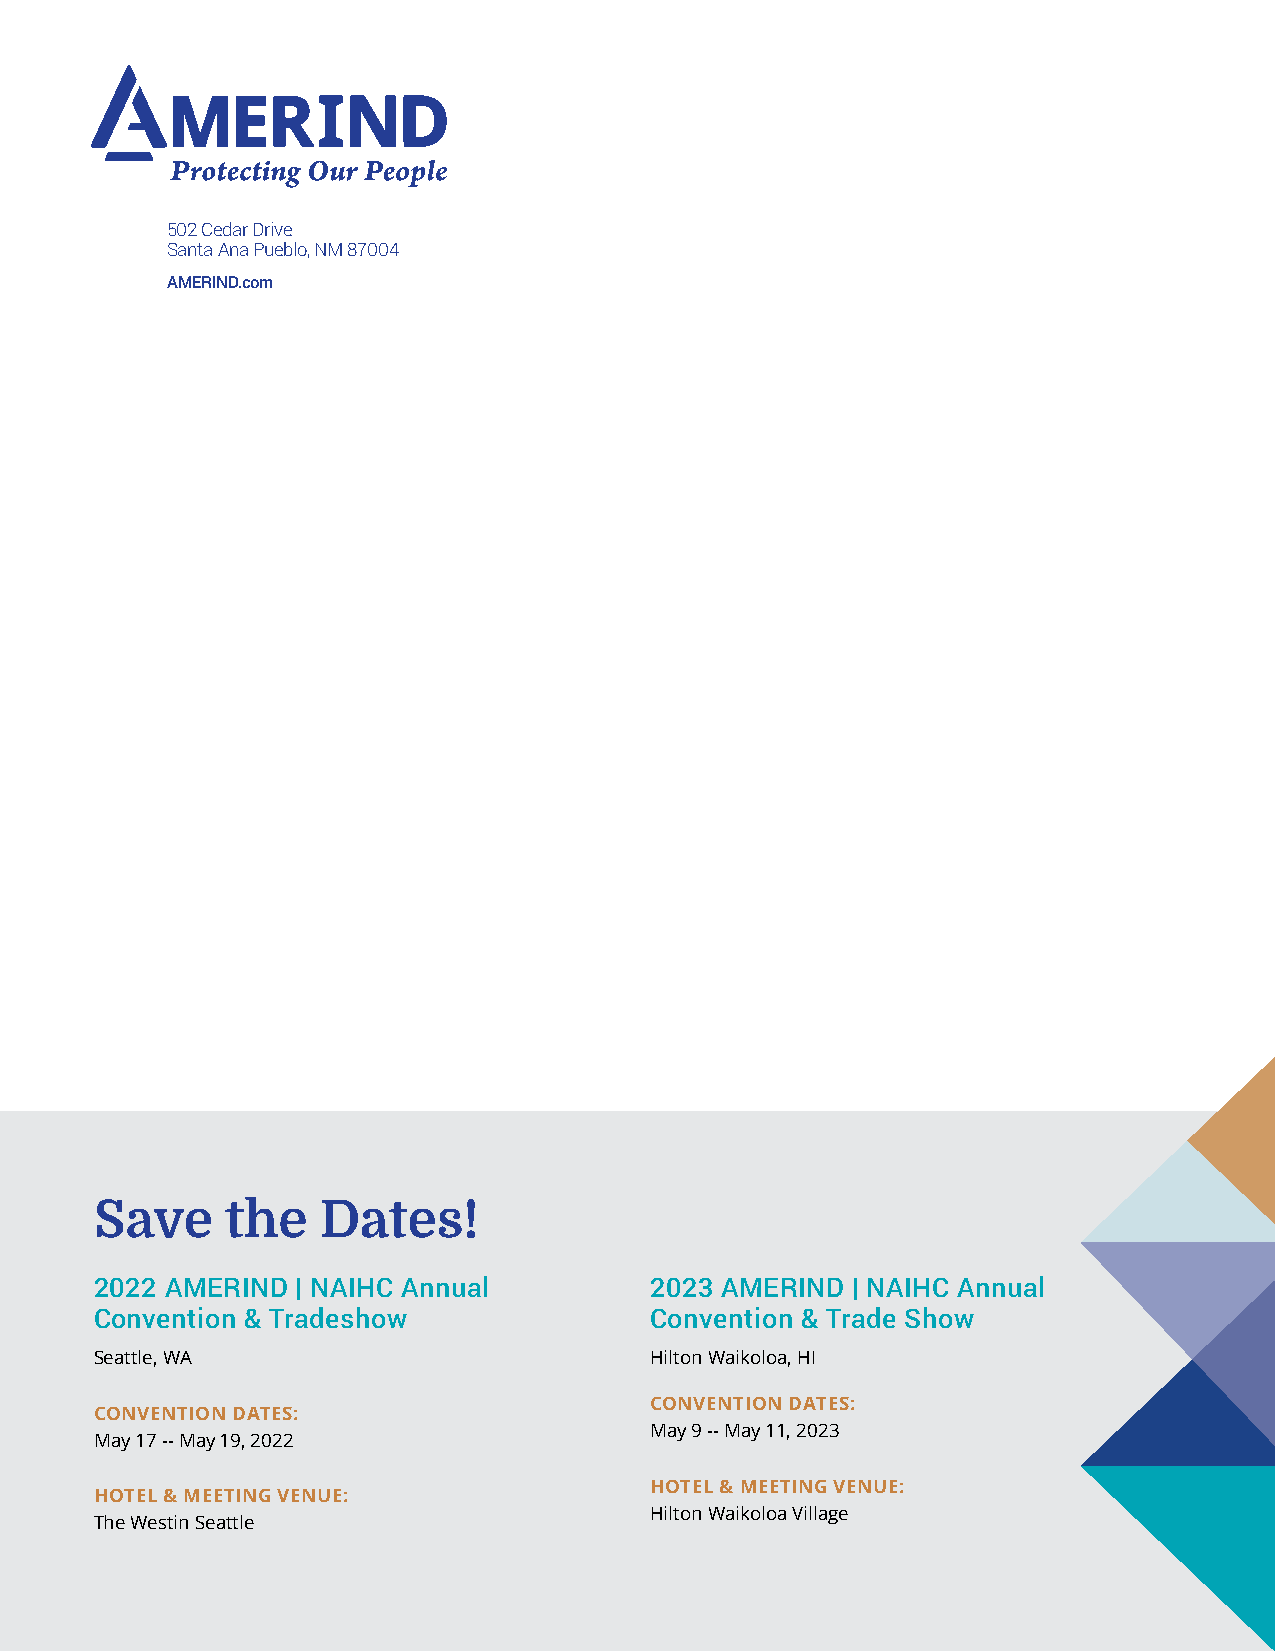
502 Cedar Drive
 Santa Ana Pueblo, NM 87004
 AMERIND.com
 Save     the   Dates!
 2022 AMERIND  | NAIHC Annual         2023 AMERIND | NAIHC Annual
 Convention & Tradeshow               Convention & Trade Show
 Seattle, WA                          Hilton Waikoloa, HI
 CONVENTION DATES:
 CONVENTION DATES:
 May 9 -- May 11, 2023
 May 17 -- May 19, 2022
 HOTEL & MEETING VENUE:
 HOTEL & MEETING VENUE:
 Hilton Waikoloa Village
 The Westin Seattle